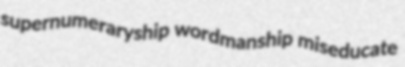
supernumeraryship wordmanship miseducate